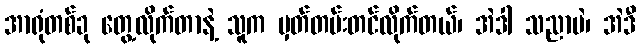
အာရုံတစ်ခု တွေ့လိုက်တာနဲ့ သူက မှတ်တမ်းတင်လိုက်တယ်၊ အဲဒါ သညာပဲ၊ အဲဒီ